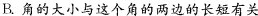
B. 角的大小与这个角的两边的长短有关